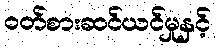
ဝတ်စားဆင်ယင်မှုနှင့်